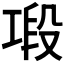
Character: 𢀤